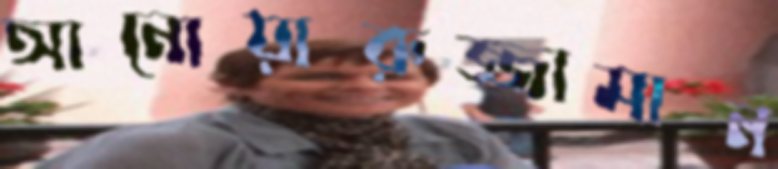
আনোয়ারুজ্জামান